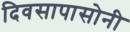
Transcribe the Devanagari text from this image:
दिवसापासोनी